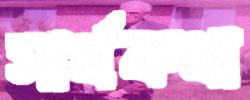
সার্থকথা